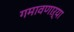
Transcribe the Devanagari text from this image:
गमावणाऱ्या